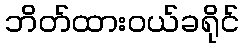
ဘိတ်ထားဝယ်ခရိုင်